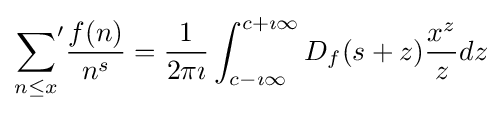
{\sum _{n\leq x}}^{\prime }{\frac {f(n)}{n^{s}}}={\frac {1}{2\pi \imath }}\int _{c-\imath \infty }^{c+\imath \infty }D_{f}(s+z){\frac {x^{z}}{z}}dz